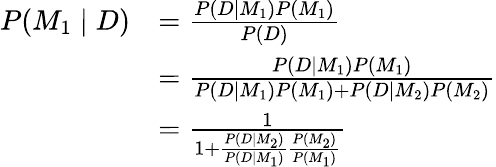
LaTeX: {\begin{array}{rl}{P(M_{1}\mid D)}&{={\frac{P(D\mid M_{1})P(M_{1})}{P(D)}}}\\ &{={\frac{P(D\mid M_{1})P(M_{1})}{P(D\mid M_{1})P(M_{1})+P(D\mid M_{2})P(M_{2})}}}\\ &{={\frac{1}{1+{\frac{P(D\mid M_{2})}{P(D\mid M_{1})}}{\frac{P(M_{2})}{P(M_{1})}}}}}\end{array}}